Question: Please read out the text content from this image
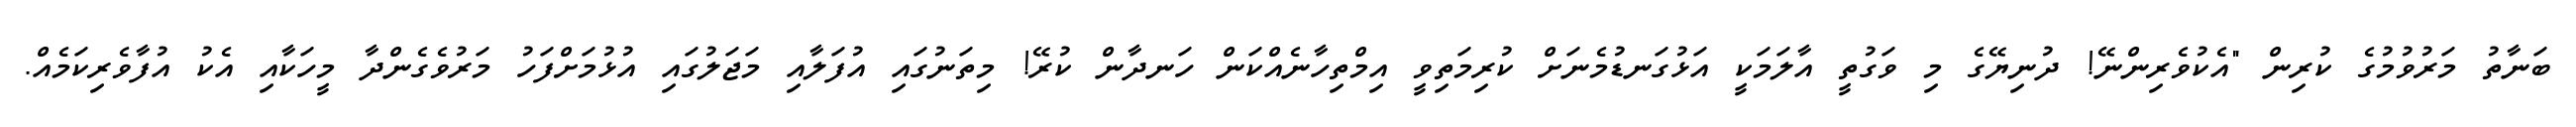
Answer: ބަނާތު މަރުވުމުގެ ކުރިން "އެކުވެރިންނޭ! ދުނިޔޭގެ މި ވަގުތީ އާލަމަކީ އަޅުގަނޑުމެނަށް ކުރިމަތިވީ އިމްތިހާނެއްކަން ހަނދާން ކުރޭ! މިތަނުގައި އުފަލާއި މަޖަލުގައި އުޅުމަށްފަހު މަރުވެގެންދާ މީހަކާއި އެކު އުފާވެރިކަމެއް.